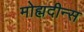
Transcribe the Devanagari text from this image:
मोह्मदीन्स